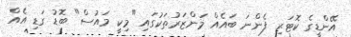
އޭންޑީގެ ކޮޓަރި ފެންނަ ބައެއް މަންޒަރުތަކުގައި "މިކީ މައުސް" ބޮޑު ގަޑި އެއް